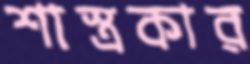
শাস্ত্রকার